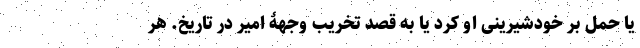
یا حمل بر خودشیرینی او کرد یا به قصد تخریب وجهۀ امیر در تاریخ. هر